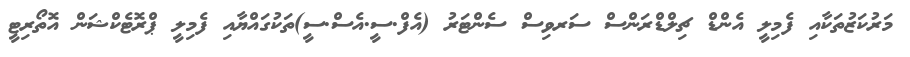
މަރުކަޒުތަކާއި ފެމިލީ އެންޑް ޗިލްޑްރަންސް ސަރވިސް ސެންޓަރު (އެފް.ސީ.އެސް.ސީ)ތަކުގައްޔާއި ފެމިލީ ޕްރޮޓެކްޝަން އޮތޯރިޓީ